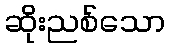
ဆိုးညစ်သော